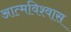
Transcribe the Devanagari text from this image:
आत्‍मविश्‍वास